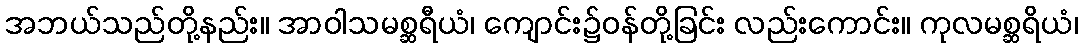
အဘယ်သည်တို့နည်း။ အာဝါသမစ္ဆရီယံ၊ ကျောင်း၌ဝန်တို့ခြင်း လည်းကောင်း။ ကုလမစ္ဆရိယံ၊